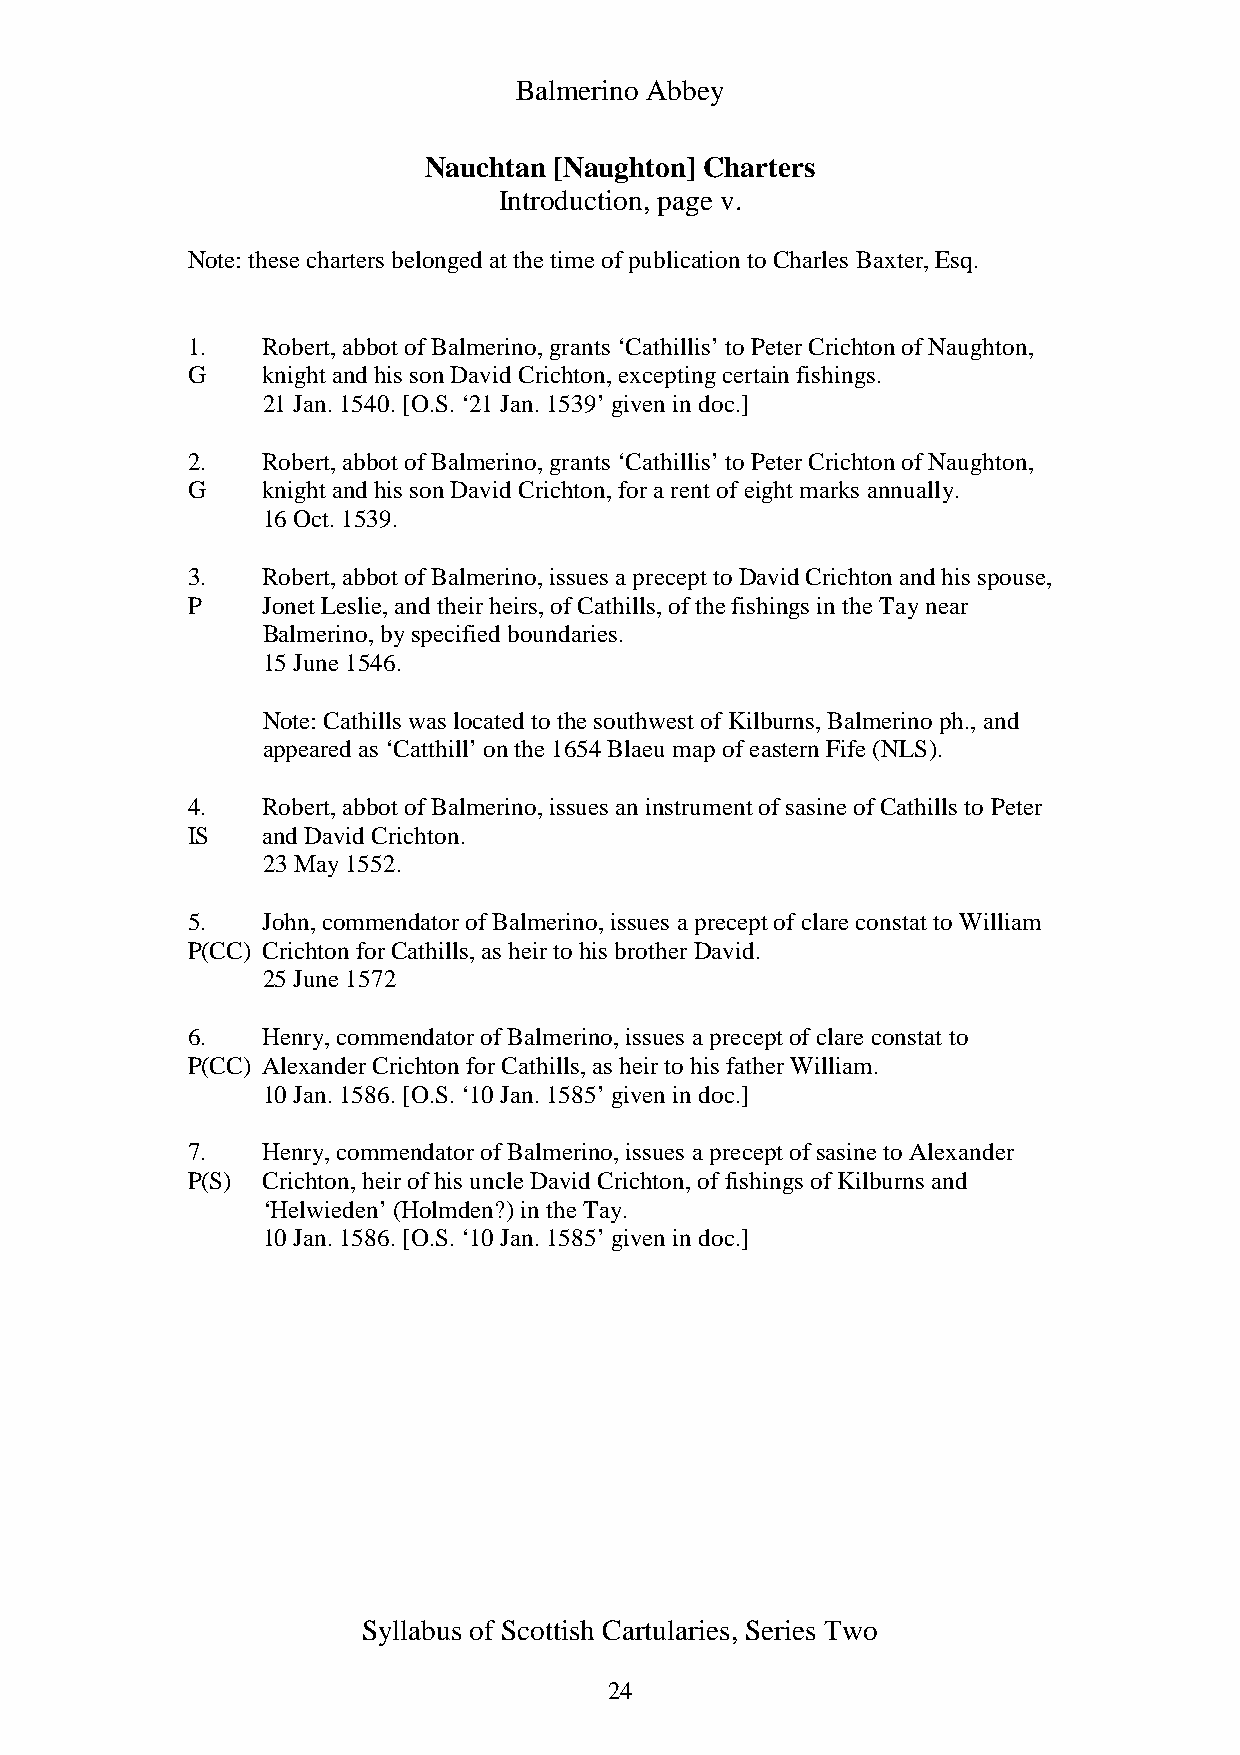
Balmerino Abbey
 Nauchtan [Naughton] Charters
 Introduction, page v.
 Note: these charters belonged at the time of publication to Charles Baxter, Esq.
 1.   Robert, abbot of Balmerino, grants ‘Cathillis’ to Peter Crichton of Naughton,
 G    knight and his son David Crichton, excepting certain fishings.
 21 Jan. 1540. [O.S. ‘21 Jan. 1539’ given in doc.]
 2.   Robert, abbot of Balmerino, grants ‘Cathillis’ to Peter Crichton of Naughton,
 G    knight and his son David Crichton, for a rent of eight marks annually.
 16 Oct. 1539.
 3.   Robert, abbot of Balmerino, issues a precept to David Crichton and his spouse,
 P    Jonet Leslie, and their heirs, of Cathills, of the fishings in the Tay near
 Balmerino, by specified boundaries.
 15 June 1546.
 Note: Cathills was located to the southwest of Kilburns, Balmerino ph., and
 appeared as ‘Catthill’ on the 1654 Blaeu map of eastern Fife (NLS).
 4.   Robert, abbot of Balmerino, issues an instrument of sasine of Cathills to Peter
 IS   and David Crichton.
 23 May 1552.
 5.   John, commendator of Balmerino, issues a precept of clare constat to William
 P(CC) Crichton for Cathills, as heir to his brother David.
 25 June 1572
 6.   Henry, commendator of Balmerino, issues a precept of clare constat to
 P(CC) Alexander Crichton for Cathills, as heir to his father William.
 10 Jan. 1586. [O.S. ‘10 Jan. 1585’ given in doc.]
 7.   Henry, commendator of Balmerino, issues a precept of sasine to Alexander
 P(S) Crichton, heir of his uncle David Crichton, of fishings of Kilburns and
 ‘Helwieden’ (Holmden?) in the Tay.
 10 Jan. 1586. [O.S. ‘10 Jan. 1585’ given in doc.]
 jamescrawford@aol.com
 Syllabus of Scottish Cartularies, Series Two
 24